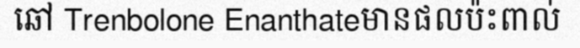
ឆៅ Trenbolone Enanthateមានផលប៉ះពាល់